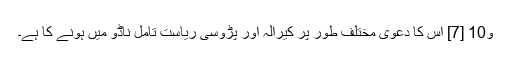
و10 [7] اس کا دعویٰ مختلف طور پر کیرالہ اور پڑوسی ریاست تامل ناڈو میں ہونے کا ہے۔